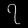
Digit: ၇